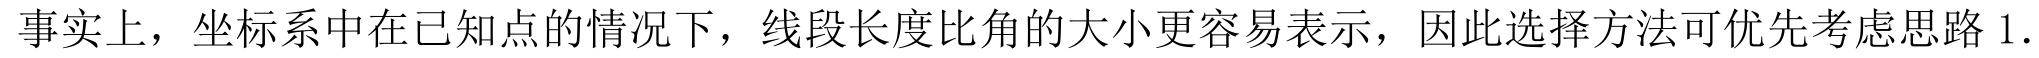
事实上，坐标系中在已知点的情况下，线段长度比角的大小更容易表示，因此选择方法可优先考虑思路1.